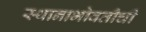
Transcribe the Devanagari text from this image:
स्थानाभोवतीची